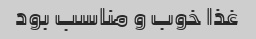
غذا خوب و مناسب بود